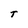
Character: T